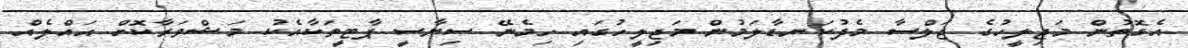
އެގޮތުން މަޖިލީހުގެ ޖަލްސާ މެދުކަނޑާލަމުން މަޖިލީހުގައި ހިމެނޭ ސިޔާސީ ޕާޓީތަކާއެކު މަޝްވަރާކޮށް ޙައްލެއް